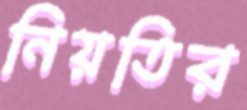
নিয়তির